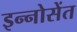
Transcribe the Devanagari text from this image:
इन्नोसेंत